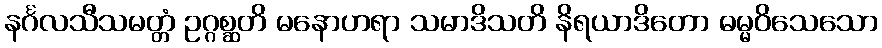
နင်္ဂလသီသမတ္တံ ဥဂ္ဂစ္ဆတိ မနောဟရာ သမာဒိသတိ နိရယာဒိတော ဓမ္မဝိသေသော